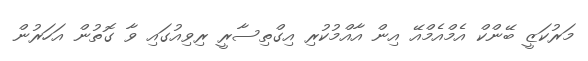
މަރުކަޒީ ބޭންކް އެމްއެމްއޭ އިން އާއްމުކުރި އިގްތިސާރީ ރިވިއުގައި ވާ ގޮތުން އަހަރުން